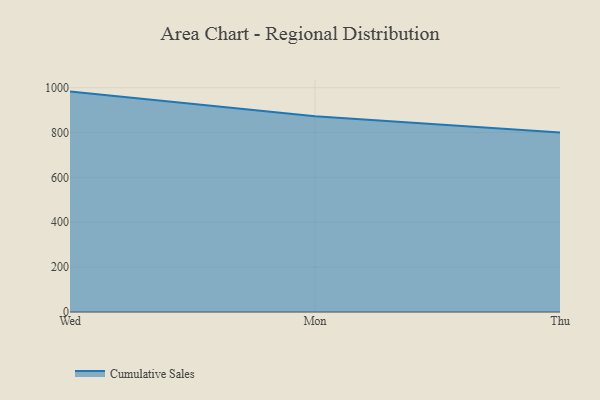
{"axis": {"x": "Day", "y": "Tickets Resolved"}, "legend": ["Cumulative Sales"], "data": [{"x": "Wed", "y": 982.6, "type": "Cumulative Sales"}, {"x": "Mon", "y": 873.0, "type": "Cumulative Sales"}, {"x": "Thu", "y": 800, "type": "Cumulative Sales"}]}